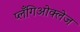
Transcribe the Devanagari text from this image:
प्लँगिओक्लेज